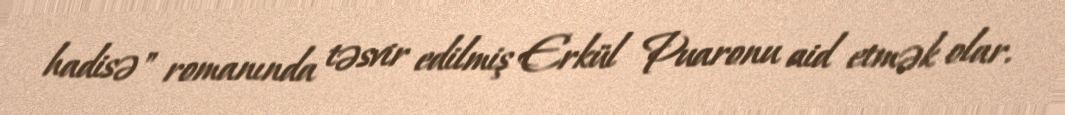
hadisə" romanında təsvir edilmiş Erkül Puaronu aid etmək olar.